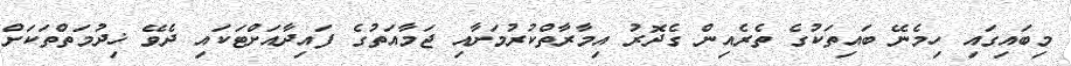
މިބައިގައި ހިމެނޭ ބައިތަކުގެ ތެރެއިން ގެދޮރު އިމާރާތްކުރުމަށާއި ޖަމާއަތުގެ ފައިދާއަށްޓަކައި ދެވޭ ޚިދުމަތްތަކަށް